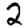
Digit: 2